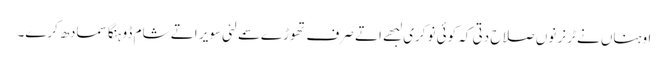
اوہناں نے ٹرنر نوں صلاح دتی کہ کوئی نوکری لبھے اتے صرف تھوڑے سمے لئی سویر اتے شام ڈوہنگا سمادھ کرے۔